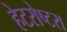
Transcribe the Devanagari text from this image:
हेटरोष्टरा